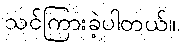
သင်ကြားခဲ့ပါတယ်။